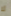
لا